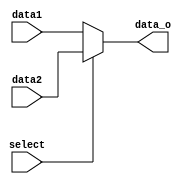
module MUX32b(
    input [31:0] data1,
    input [31:0] data2,
    input select,
    output [31:0] data_o
);

assign data_o = select?data2:data1;
// assign data_o = data1;

endmodule